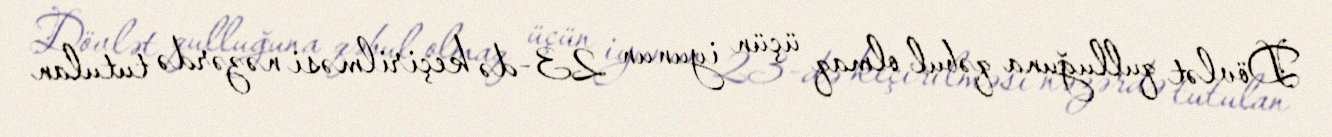
Dövlət qulluğuna qəbul olmaq üçün iyunun 23-də keçirilməsi nəzərdə tutulan